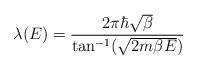
LaTeX: \begin{align*}\lambda(E) = \frac{2\pi \hbar \sqrt{\beta}}{\tan^{-1}(\sqrt{2m\beta E})}\end{align*}